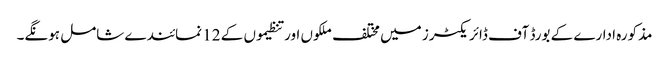
مذکورہ ادارے کے بورڈ آف ڈائریکٹرز میں مختلف ملکوں اور تنظیموں کے 12 نمائندے شامل ہونگے۔